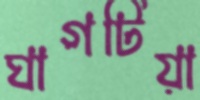
ঘাগটিয়া